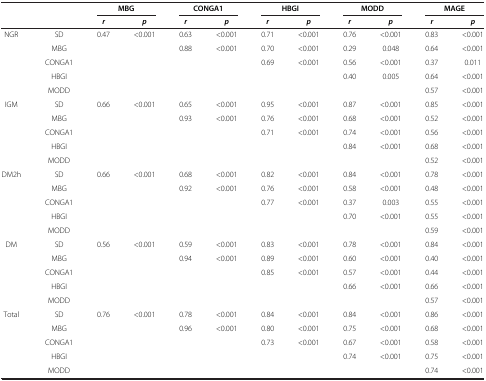
<table><thead><tr><td><b> </b></td><td><b> </b></td><td colspan="2"><b>MBG</b></td><td colspan="2"><b>CONGA1</b></td><td colspan="2"><b>HBGI</b></td><td colspan="2"><b>MODD</b></td><td colspan="2"><b>MAGE</b></td></tr><tr><td><b> </b></td><td><b> </b></td><td><b><i>r</i></b></td><td><b><i>p</i></b></td><td><b><i>r</i></b></td><td><b><i>p</i></b></td><td><b><i>r</i></b></td><td><b><i>p</i></b></td><td><b><i>r</i></b></td><td><b><i>p</i></b></td><td><b><i>r</i></b></td><td><b><i>p</i></b></td></tr></thead><tbody><tr><td>NGR</td><td>SD</td><td>0.47</td><td>&lt;0.001</td><td>0.63</td><td>&lt;0.001</td><td>0.71</td><td>&lt;0.001</td><td>0.76</td><td>&lt;0.001</td><td>0.83</td><td>&lt;0.001</td></tr><tr><td> </td><td>MBG</td><td> </td><td> </td><td>0.88</td><td>&lt;0.001</td><td>0.70</td><td>&lt;0.001</td><td>0.29</td><td>0.048</td><td>0.64</td><td>&lt;0.001</td></tr><tr><td> </td><td>CONGA1</td><td> </td><td> </td><td> </td><td> </td><td>0.69</td><td>&lt;0.001</td><td>0.56</td><td>&lt;0.001</td><td>0.37</td><td>0.011</td></tr><tr><td> </td><td>HBGI</td><td> </td><td> </td><td> </td><td> </td><td> </td><td> </td><td>0.40</td><td>0.005</td><td>0.64</td><td>&lt;0.001</td></tr><tr><td> </td><td>MODD</td><td> </td><td> </td><td> </td><td> </td><td> </td><td> </td><td> </td><td> </td><td>0.57</td><td>&lt;0.001</td></tr><tr><td>IGM</td><td>SD</td><td>0.66</td><td>&lt;0.001</td><td>0.65</td><td>&lt;0.001</td><td>0.95</td><td>&lt;0.001</td><td>0.87</td><td>&lt;0.001</td><td>0.85</td><td>&lt;0.001</td></tr><tr><td> </td><td>MBG</td><td> </td><td> </td><td>0.93</td><td>&lt;0.001</td><td>0.76</td><td>&lt;0.001</td><td>0.68</td><td>&lt;0.001</td><td>0.52</td><td>&lt;0.001</td></tr><tr><td> </td><td>CONGA1</td><td> </td><td> </td><td> </td><td> </td><td>0.71</td><td>&lt;0.001</td><td>0.74</td><td>&lt;0.001</td><td>0.56</td><td>&lt;0.001</td></tr><tr><td> </td><td>HBGI</td><td> </td><td> </td><td> </td><td> </td><td> </td><td> </td><td>0.84</td><td>&lt;0.001</td><td>0.68</td><td>&lt;0.001</td></tr><tr><td> </td><td>MODD</td><td> </td><td> </td><td> </td><td> </td><td> </td><td> </td><td> </td><td> </td><td>0.52</td><td>&lt;0.001</td></tr><tr><td>DM2h</td><td>SD</td><td>0.66</td><td>&lt;0.001</td><td>0.68</td><td>&lt;0.001</td><td>0.82</td><td>&lt;0.001</td><td>0.84</td><td>&lt;0.001</td><td>0.78</td><td>&lt;0.001</td></tr><tr><td> </td><td>MBG</td><td> </td><td> </td><td>0.92</td><td>&lt;0.001</td><td>0.76</td><td>&lt;0.001</td><td>0.58</td><td>&lt;0.001</td><td>0.48</td><td>&lt;0.001</td></tr><tr><td> </td><td>CONGA1</td><td> </td><td> </td><td> </td><td> </td><td>0.77</td><td>&lt;0.001</td><td>0.37</td><td>0.003</td><td>0.55</td><td>&lt;0.001</td></tr><tr><td> </td><td>HBGI</td><td> </td><td> </td><td> </td><td> </td><td> </td><td> </td><td>0.70</td><td>&lt;0.001</td><td>0.55</td><td>&lt;0.001</td></tr><tr><td> </td><td>MODD</td><td> </td><td> </td><td> </td><td> </td><td> </td><td> </td><td> </td><td> </td><td>0.59</td><td>&lt;0.001</td></tr><tr><td>DM</td><td>SD</td><td>0.56</td><td>&lt;0.001</td><td>0.59</td><td>&lt;0.001</td><td>0.83</td><td>&lt;0.001</td><td>0.78</td><td>&lt;0.001</td><td>0.84</td><td>&lt;0.001</td></tr><tr><td> </td><td>MBG</td><td> </td><td> </td><td>0.94</td><td>&lt;0.001</td><td>0.89</td><td>&lt;0.001</td><td>0.60</td><td>&lt;0.001</td><td>0.40</td><td>&lt;0.001</td></tr><tr><td> </td><td>CONGA1</td><td> </td><td> </td><td> </td><td> </td><td>0.85</td><td>&lt;0.001</td><td>0.57</td><td>&lt;0.001</td><td>0.44</td><td>&lt;0.001</td></tr><tr><td> </td><td>HBGI</td><td> </td><td> </td><td> </td><td> </td><td> </td><td> </td><td>0.66</td><td>&lt;0.001</td><td>0.66</td><td>&lt;0.001</td></tr><tr><td> </td><td>MODD</td><td> </td><td> </td><td> </td><td> </td><td> </td><td> </td><td> </td><td> </td><td>0.57</td><td>&lt;0.001</td></tr><tr><td>Total</td><td>SD</td><td>0.76</td><td>&lt;0.001</td><td>0.78</td><td>&lt;0.001</td><td>0.84</td><td>&lt;0.001</td><td>0.84</td><td>&lt;0.001</td><td>0.86</td><td>&lt;0.001</td></tr><tr><td> </td><td>MBG</td><td> </td><td> </td><td>0.96</td><td>&lt;0.001</td><td>0.80</td><td>&lt;0.001</td><td>0.75</td><td>&lt;0.001</td><td>0.68</td><td>&lt;0.001</td></tr><tr><td> </td><td>CONGA1</td><td> </td><td> </td><td> </td><td> </td><td>0.73</td><td>&lt;0.001</td><td>0.67</td><td>&lt;0.001</td><td>0.58</td><td>&lt;0.001</td></tr><tr><td> </td><td>HBGI</td><td> </td><td> </td><td> </td><td> </td><td> </td><td> </td><td>0.74</td><td>&lt;0.001</td><td>0.75</td><td>&lt;0.001</td></tr><tr><td> </td><td>MODD</td><td> </td><td> </td><td> </td><td> </td><td> </td><td> </td><td> </td><td> </td><td>0.74</td><td>&lt;0.001</td></tr></tbody></table>